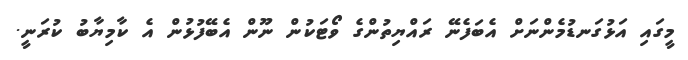
މީގައި އަޅުގަނޑުމެންނަށް އެބަފެނޭ ރައްޔިތުންގެ ވޯޓަކުން ނޫން އެބޭފުޅުން އެ ކާމިޔާބު ކުރަނީ.